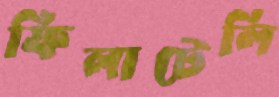
ফিলাটেলি